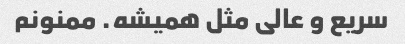
سریع و عالی مثل همیشه. ممنونم